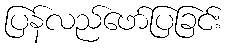
ပြန်လည်ဖော်ပြခြင်း